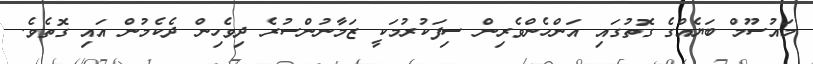
މައުސޫމް ބަޔެއްގެ ގޮތުގައި އަންހެންވެރިން ސިފަކުރުމަކީ ޒަމާނުންސުރެ ދިވެހިން ދެކެމުން އައި ގޮތެވެ.